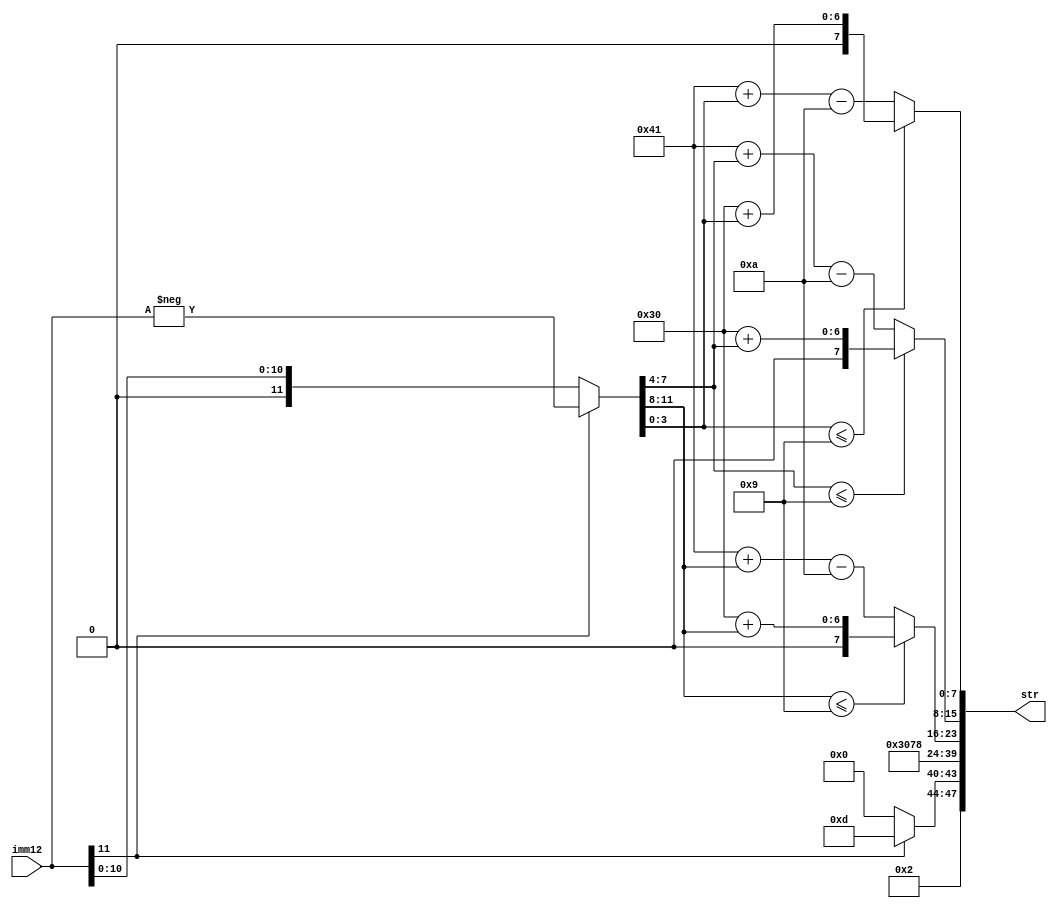
module imm_decoder (
	output [47:0] str,
	input [11:0] imm12
);
	wire [11:0] imm = imm12[11] ? -$signed(imm12) : imm12;
	wire [3:0] d0 = imm[3:0];
	wire [3:0] d1 = imm[7:4];
	wire [3:0] d2 = imm[11:8];
	wire [7:0] d0_s = d0 <= 9 ? "0" + d0 : "A" + d0 - 10;
	wire [7:0] d1_s = d1 <= 9 ? "0" + d1 : "A" + d1 - 10;
	wire [7:0] d2_s = d2 <= 9 ? "0" + d2 : "A" + d2 - 10;
	assign str = {imm12[11] ? "-" : " ", "0x", d2_s, d1_s, d0_s}; 
endmodule